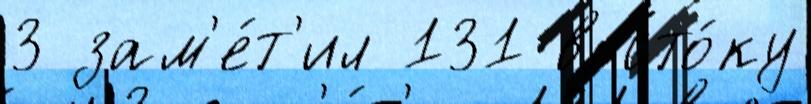
3 зам'е́т'ил 131 восто́ку